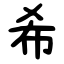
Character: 希